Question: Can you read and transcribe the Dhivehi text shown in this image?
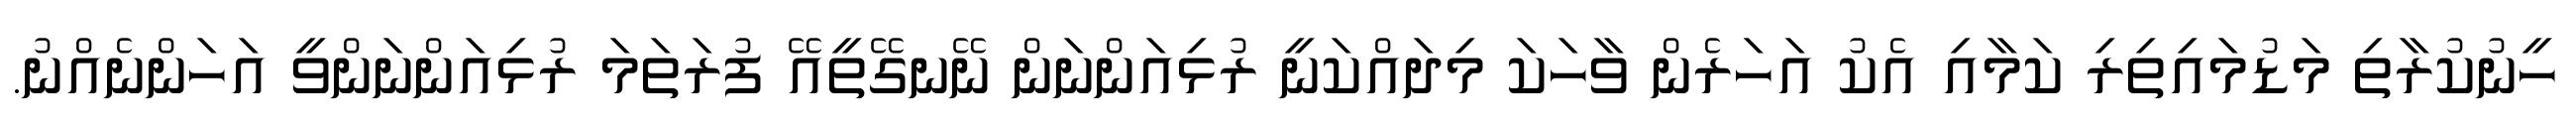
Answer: ހީނުކުރާތި މަޑުމައިތިރި ކަމާއި އެކު އަހަރެން ވާހަކަ މިދައްކަނީ ރުޅިއަންނަން ނޭނގޭތީއޭ ފުރަތަމަ ރުޅިއަންނަންވީ އަހަންނެއްނު.